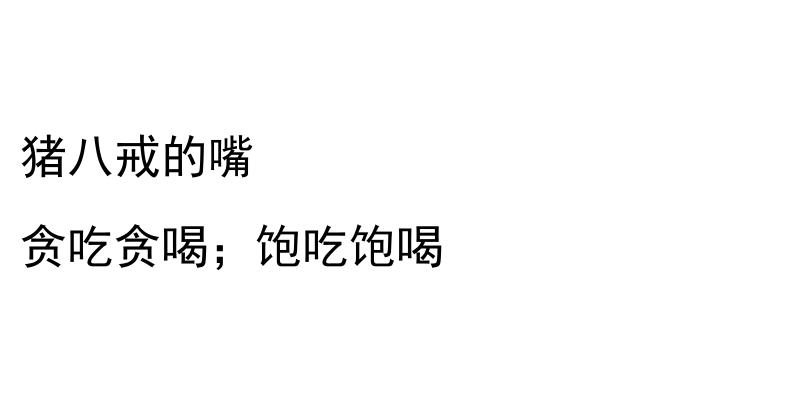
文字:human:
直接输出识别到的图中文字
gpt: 猪八戒的嘴 贪吃贪喝；饱吃饱喝